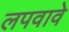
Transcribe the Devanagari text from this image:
लपवावे